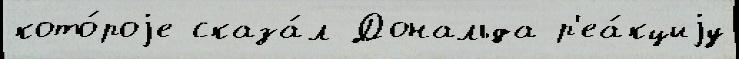
кото́роjе сказа́л Дональда р'еа́кциjу